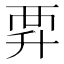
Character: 𧟨